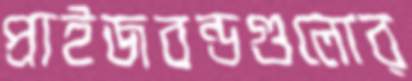
প্রাইজবন্ডগুলোর